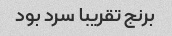
برنج تقریبا سرد بود